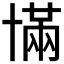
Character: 𫧥